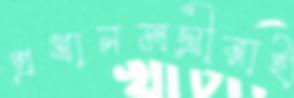
প্রধানমন্ত্রীরাই